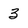
Character: 3